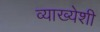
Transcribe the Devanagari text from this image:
व्याख्येशी